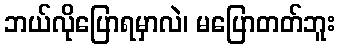
ဘယ်လိုပြောရမှာလဲ၊ မပြောတတ်ဘူး